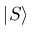
| S \rangle